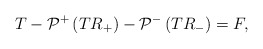
\begin{align*}T-\mathcal{P}^+\left(T R_+\right)-\mathcal{P}^-\left(T R_-\right)=F,\end{align*}